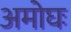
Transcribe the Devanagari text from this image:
अमोघः